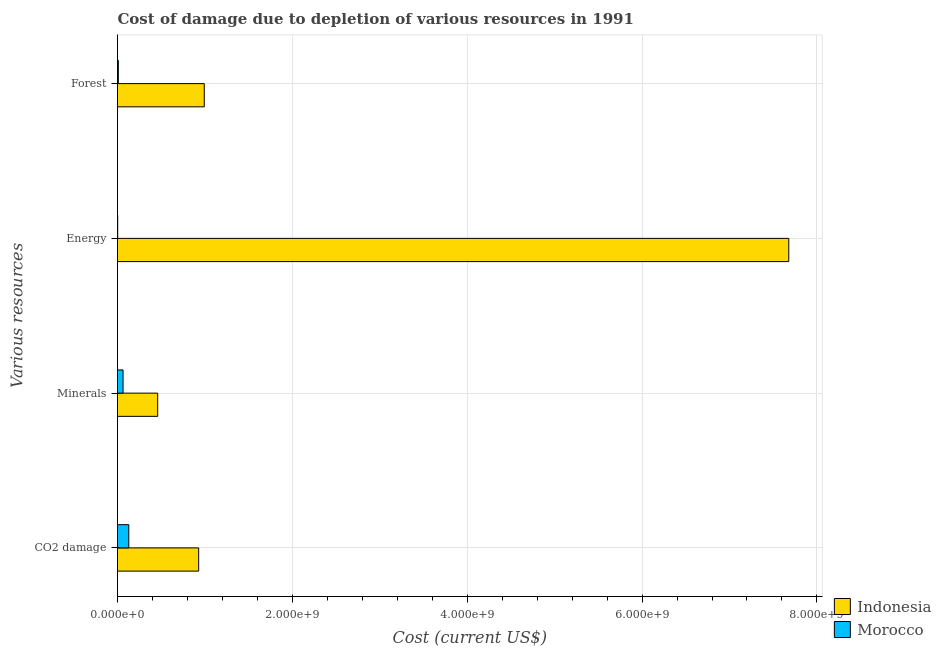
| Various resources | Indonesia | Morocco |
 | --- | --- | --- |
 | CO2 damage | 9.28e+08 | 1.29e+08 |
 | Minerals | 4.6e+08 | 6.33e+07 |
 | Energy | 7.68e+09 | 2e+06 |
 | Forest | 9.92e+08 | 9.62e+06 |